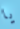
يا